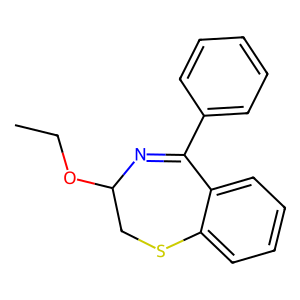
SMILES: CCOC1CSc2ccccc2C(c2ccccc2)=N1
Inhibits HIV replication: Yes